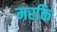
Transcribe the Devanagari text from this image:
मरकि